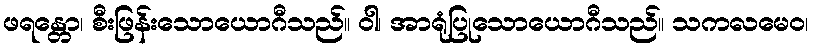
ဖရန္တော၊ စီးဖြန်းသောယောဂီသည်။ ဝါ၊ အာရုံပြုသောယောဂီသည်။ သကလမေဝ၊